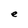
Character: e